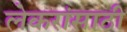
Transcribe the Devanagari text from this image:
लेकरांसाठी